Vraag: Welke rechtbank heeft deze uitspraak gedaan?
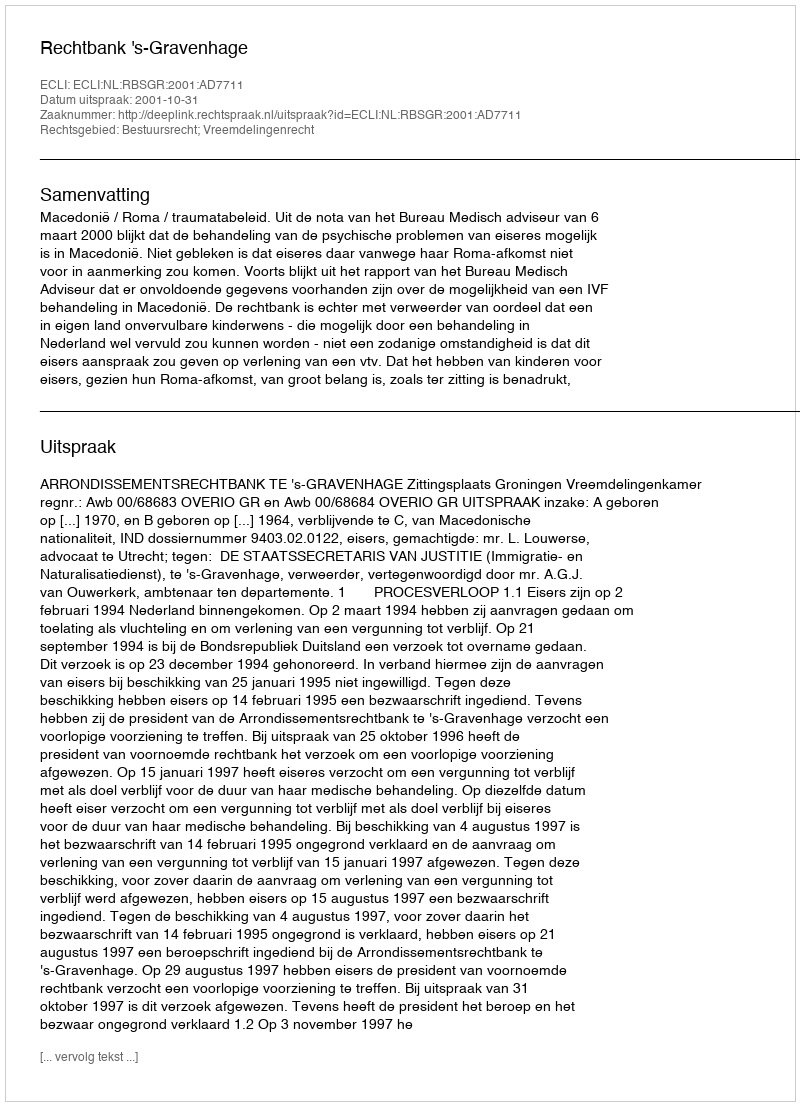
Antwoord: Rechtbank 's-Gravenhage